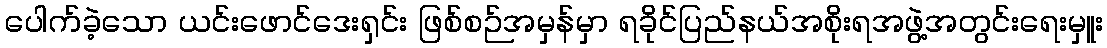
ပေါက်ခဲ့သော ယင်းဖောင်ဒေးရှင်း ဖြစ်စဉ်အမှန်မှာ ရခိုင်ပြည်နယ်အစိုးရအဖွဲ့အတွင်းရေးမှူး